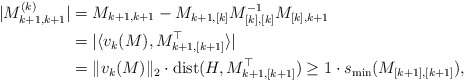
\begin{align*}|M^{(k)}_{k+1,k+1}| &= M_{k+1,k+1} -M_{k+1,[k]} M^{-1}_{[k],[k]} M_{[k],k+1} \\&= | \langle v_k(M), M_{k+1,[k+1]}^\top \rangle | \\&= \|v_k(M)\|_2 \cdot {\rm dist}(H, M_{k+1,[k+1]}^\top)\ge 1 \cdot s_{\min}(M_{[k+1],[k+1]}),\end{align*}